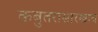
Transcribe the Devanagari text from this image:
कबुतरासारखाच